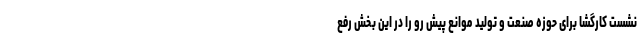
نشست کارگشا برای حوزه صنعت و تولید موانع پیش رو را در این بخش رفع